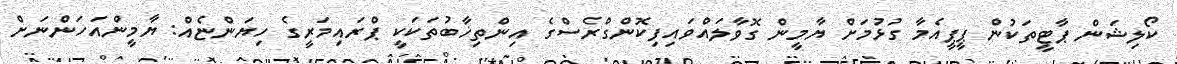
ކޯލިޝަން ޕާޓީތަކުން ޕީޕީއެމާ ގުޅުމަށް ޔާމީން ގޮވާލައްވައިފިކޮންގްރެސްގެ އިންތިޚާބުތަކަކީ ޕްރައިމަރީގެ ހިޔަންޏެއް: ޔާމީންއަހަންނަށް